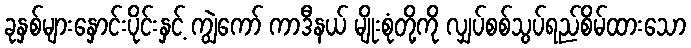
ခုနှစ်များနှောင်းပိုင်းနှင့် ကျွဲကော် ကာဒီနယ် မျိုးစုံတို့ကို လျှပ်စစ်သွပ်ရည်စိမ်ထားသော